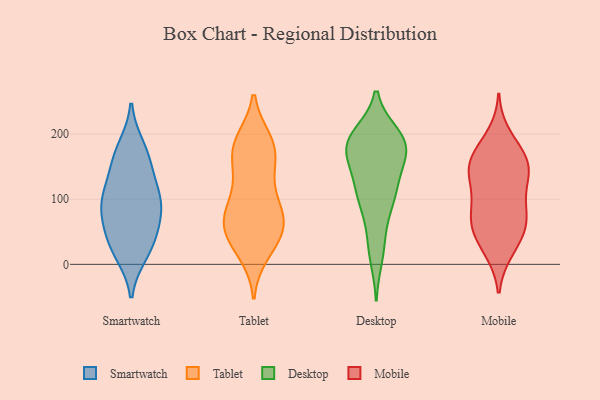
{"axis": {"x": "Demand Index", "y": "Value"}, "legend": ["Desktop", "Mobile", "Smartwatch", "Tablet"], "data": [{"x": "", "y": 104, "type": "Smartwatch"}, {"x": "", "y": 178, "type": "Smartwatch"}, {"x": "", "y": 29, "type": "Smartwatch"}, {"x": "", "y": 111, "type": "Smartwatch"}, {"x": "", "y": 61, "type": "Smartwatch"}, {"x": "", "y": 33, "type": "Smartwatch"}, {"x": "", "y": 73, "type": "Smartwatch"}, {"x": "", "y": 94, "type": "Smartwatch"}, {"x": "", "y": 98, "type": "Smartwatch"}, {"x": "", "y": 18, "type": "Smartwatch"}, {"x": "", "y": 157, "type": "Smartwatch"}, {"x": "", "y": 161, "type": "Smartwatch"}, {"x": "", "y": 140, "type": "Tablet"}, {"x": "", "y": 178, "type": "Tablet"}, {"x": "", "y": 63, "type": "Tablet"}, {"x": "", "y": 186, "type": "Tablet"}, {"x": "", "y": 18, "type": "Tablet"}, {"x": "", "y": 58, "type": "Tablet"}, {"x": "", "y": 74, "type": "Tablet"}, {"x": "", "y": 174, "type": "Tablet"}, {"x": "", "y": 39, "type": "Tablet"}, {"x": "", "y": 104, "type": "Tablet"}, {"x": "", "y": 52, "type": "Tablet"}, {"x": "", "y": 97, "type": "Tablet"}, {"x": "", "y": 68, "type": "Tablet"}, {"x": "", "y": 72, "type": "Tablet"}, {"x": "", "y": 180, "type": "Tablet"}, {"x": "", "y": 141, "type": "Tablet"}, {"x": "", "y": 189, "type": "Tablet"}, {"x": "", "y": 27, "type": "Tablet"}, {"x": "", "y": 92, "type": "Desktop"}, {"x": "", "y": 177, "type": "Desktop"}, {"x": "", "y": 183, "type": "Desktop"}, {"x": "", "y": 137, "type": "Desktop"}, {"x": "", "y": 25, "type": "Desktop"}, {"x": "", "y": 105, "type": "Desktop"}, {"x": "", "y": 105, "type": "Desktop"}, {"x": "", "y": 164, "type": "Desktop"}, {"x": "", "y": 150, "type": "Desktop"}, {"x": "", "y": 12, "type": "Desktop"}, {"x": "", "y": 192, "type": "Desktop"}, {"x": "", "y": 113, "type": "Desktop"}, {"x": "", "y": 110, "type": "Desktop"}, {"x": "", "y": 191, "type": "Desktop"}, {"x": "", "y": 198, "type": "Desktop"}, {"x": "", "y": 181, "type": "Desktop"}, {"x": "", "y": 195, "type": "Desktop"}, {"x": "", "y": 174, "type": "Desktop"}, {"x": "", "y": 55, "type": "Desktop"}, {"x": "", "y": 187, "type": "Desktop"}, {"x": "", "y": 93, "type": "Mobile"}, {"x": "", "y": 148, "type": "Mobile"}, {"x": "", "y": 61, "type": "Mobile"}, {"x": "", "y": 64, "type": "Mobile"}, {"x": "", "y": 179, "type": "Mobile"}, {"x": "", "y": 133, "type": "Mobile"}, {"x": "", "y": 134, "type": "Mobile"}, {"x": "", "y": 163, "type": "Mobile"}, {"x": "", "y": 21, "type": "Mobile"}, {"x": "", "y": 44, "type": "Mobile"}, {"x": "", "y": 199, "type": "Mobile"}, {"x": "", "y": 59, "type": "Mobile"}, {"x": "", "y": 163, "type": "Mobile"}, {"x": "", "y": 124, "type": "Mobile"}, {"x": "", "y": 20, "type": "Mobile"}, {"x": "", "y": 159, "type": "Mobile"}, {"x": "", "y": 147, "type": "Mobile"}, {"x": "", "y": 59, "type": "Mobile"}, {"x": "", "y": 91, "type": "Mobile"}, {"x": "", "y": 87, "type": "Mobile"}]}